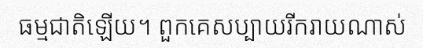
ធម្មជាតិឡើយ។ ពួកគេសប្បាយរីករាយណាស់